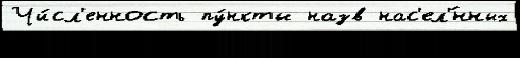
Чи́сл'енность пу́нкты назв нас'ел'́нных